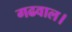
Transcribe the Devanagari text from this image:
गढवाल।